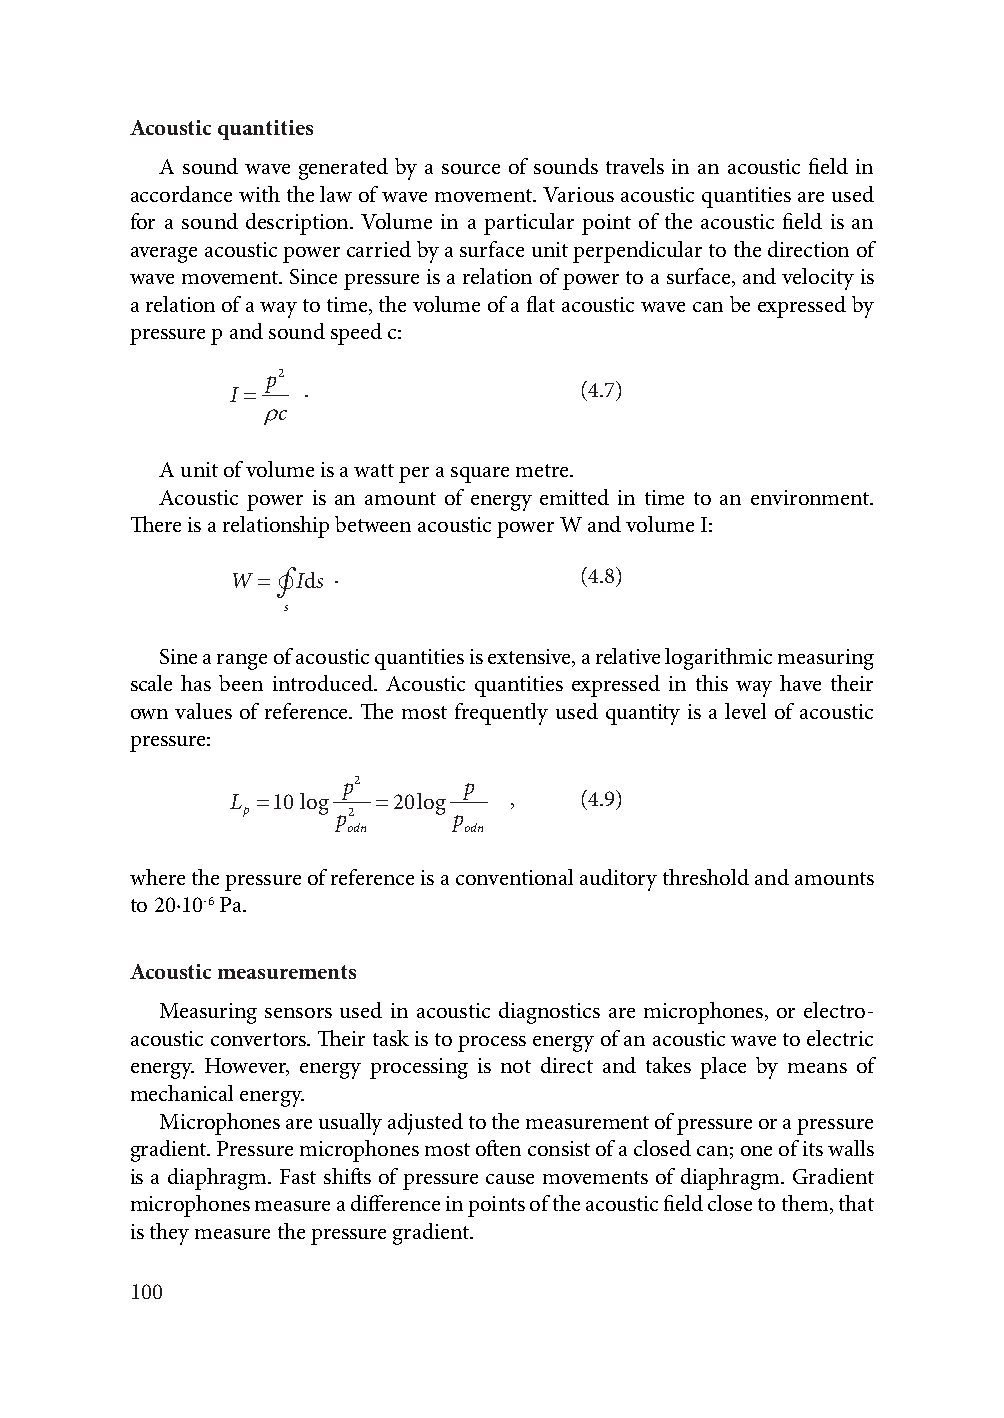
Acoustic quantities
 A sound wave generated by a source of sounds travels in an acoustic field in
 accordance with the law of wave movement. Various acoustic quantities are used
 for a sound description. Volume in a particular point of the acoustic field is an
 average acoustic power carried by a surface unit perpendicular to the direction of
 wave movement. Since pressure is a relation of power to a surface, and velocity is
 a relation of a way to time, the volume of a flat acoustic wave can be expressed by
 pressure p and sound speed c:
 p2
 I   .                  (4.7)
 c
 A unit of volume is a watt per a square metre.
 Acoustic power is an amount of energy emitted in time to an environment.
 There is a relationship between acoustic power W and volume I:
 W ∮Ids .               (4.8)
 s
 Sine a range of acoustic quantities is extensive, a relative logarithmic measuring
 scale has been introduced. Acoustic quantities expressed in this way have their
 own values of reference. The most frequently used quantity is a level of acoustic
 pressure:
 p2      p
 L 10 log 20log   ,    (4.9)
 p     p2      p
 odn     odn
 where the pressure of reference is a conventional auditory threshold and amounts
 to 20·10-6 Pa.
 Acoustic measurements
 Measuring sensors used in acoustic diagnostics are microphones, or electro-
 acoustic convertors. Their task is to process energy of an acoustic wave to electric
 energy. However, energy processing is not direct and takes place by means of
 mechanical energy.
 Microphones are usually adjusted to the measurement of pressure or a pressure
 gradient. Pressure microphones most often consist of a closed can; one of its walls
 is a diaphragm. Fast shifts of pressure cause movements of diaphragm. Gradient
 microphones measure a difference in points of the acoustic field close to them, that
 is they measure the pressure gradient.
 100